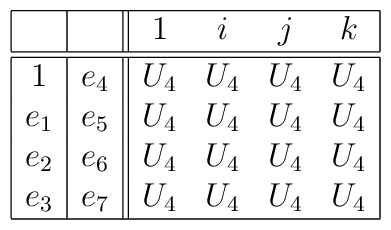
\begin{array}{|c|c||cccc|}\hline &  & 1 & i & j & k  \\\hline\hline1 & e_{4} & U_{4} & U_{4} & U_{4} & U_{4} \\e_{1} & e_{5} & U_{4} & U_{4} & U_{4} & U_{4} \\e_{2} & e_{6} & U_{4} & U_{4} & U_{4} & U_{4} \\e_{3} & e_{7} & U_{4} & U_{4} & U_{4} & U_{4} \\\hline\end{array}